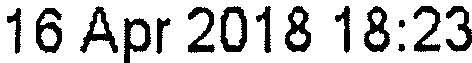
16 APR 2018 18:23